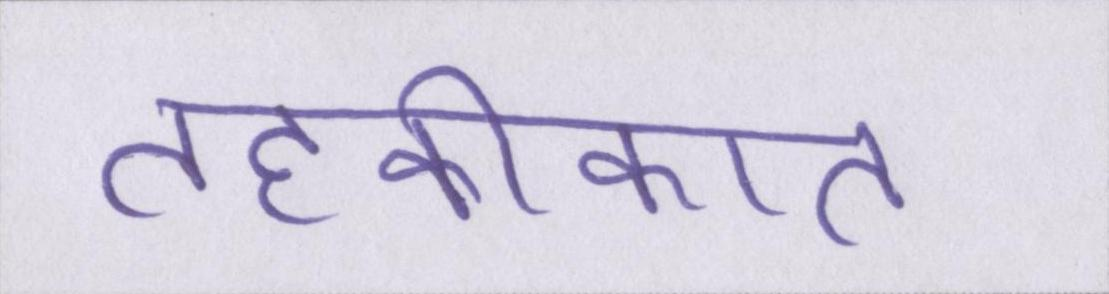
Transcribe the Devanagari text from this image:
तहकीकात